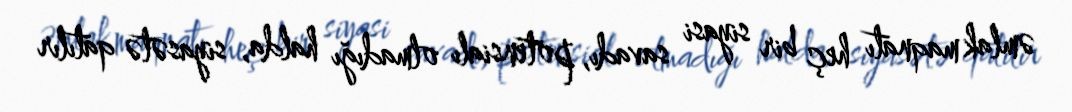
əmlak maqnatı heç bir siyasi savadı, potensialı olmadığı halda, siyasətə qatılır